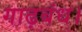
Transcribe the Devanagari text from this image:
गाढ़बंध।